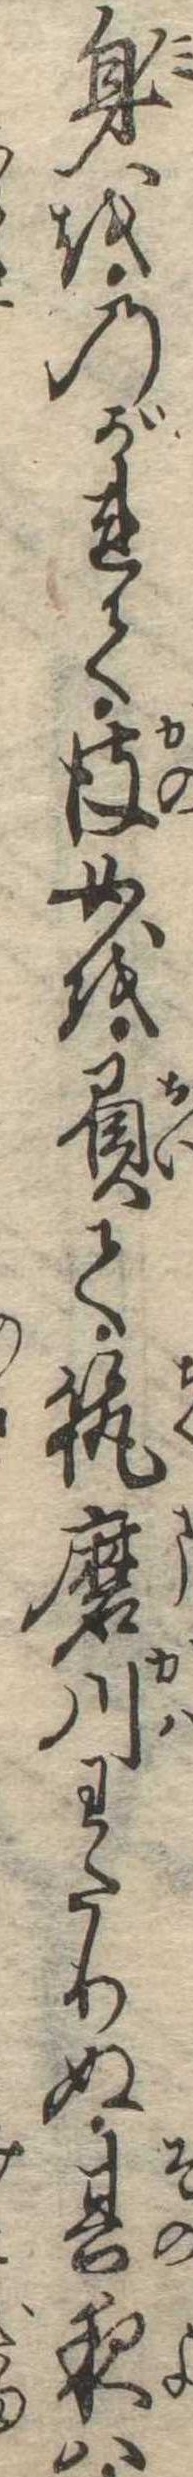
身をのがれて彼女を負て筑磨川わたりぬ其夜は